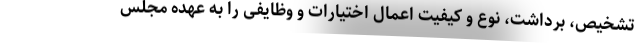
تشخیص، برداشت، نوع و کیفیت اعمال اختیارات و وظایفی را به عهده مجلس